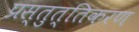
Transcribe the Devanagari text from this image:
प्रस्तुत्तिकरण